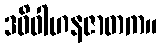
ဒဓိဝါဟနဇာတက။